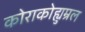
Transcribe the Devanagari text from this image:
कोराकोह्युम्रल